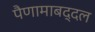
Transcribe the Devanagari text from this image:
पैणामाबद्दल